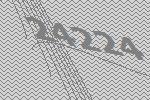
24224